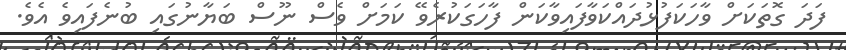
ފަދަ ގޮތަކަށް ވާހަކަފުޅުދައްކަވާފައިވާކަން ފާހަގަކުރެވޭ ކަމަށް ވެސް ނޫސް ބަޔާނުގައި ބުނެފައިވެ އެވެ.